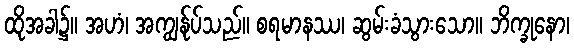
ထိုအခါ၌။ အဟံ၊ အကျွန်ုပ်သည်။ စရမာနဿ၊ ဆွမ်းခံသွားသော။ ဘိက္ခုနော၊